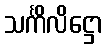
သင်္ကိလိဋ္ဌော